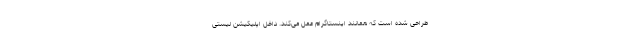
طراحی شده است که همانند اینستاگرام عمل می‌کند. داخل اپلیکیشن لیستی